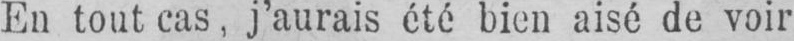
En tout cas, j’aurais été bien aisé de voir